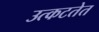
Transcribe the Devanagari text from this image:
उत्कटतेत